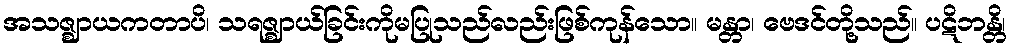
အသဇ္ဈာယကတာပိ၊ သရဇ္ဈာယ်ခြင်းကိုမပြုသည်လည်းဖြစ်ကုန်သော။ မန္တာ၊ ဗေဒင်တို့သည်။ ပဋိဘန္တိ၊